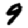
Digit: 9